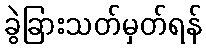
ခွဲခြားသတ်မှတ်ရန်